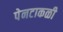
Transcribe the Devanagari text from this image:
पेनटाकळी